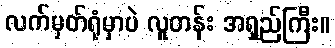
လက်မှတ်ရုံမှာပဲ လူတန်း အရှည်ကြီး။